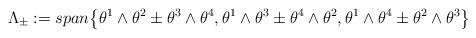
LaTeX: \begin{align*} \Lambda_{\pm}:=span\big\{\theta^1\wedge\theta^2\pm\theta^3\wedge\theta^4,\theta^1\wedge\theta^3\pm\theta^4\wedge\theta^2,\theta^1\wedge\theta^4\pm\theta^2\wedge\theta^3 \big \}\end{align*}